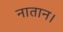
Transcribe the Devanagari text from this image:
नातान।